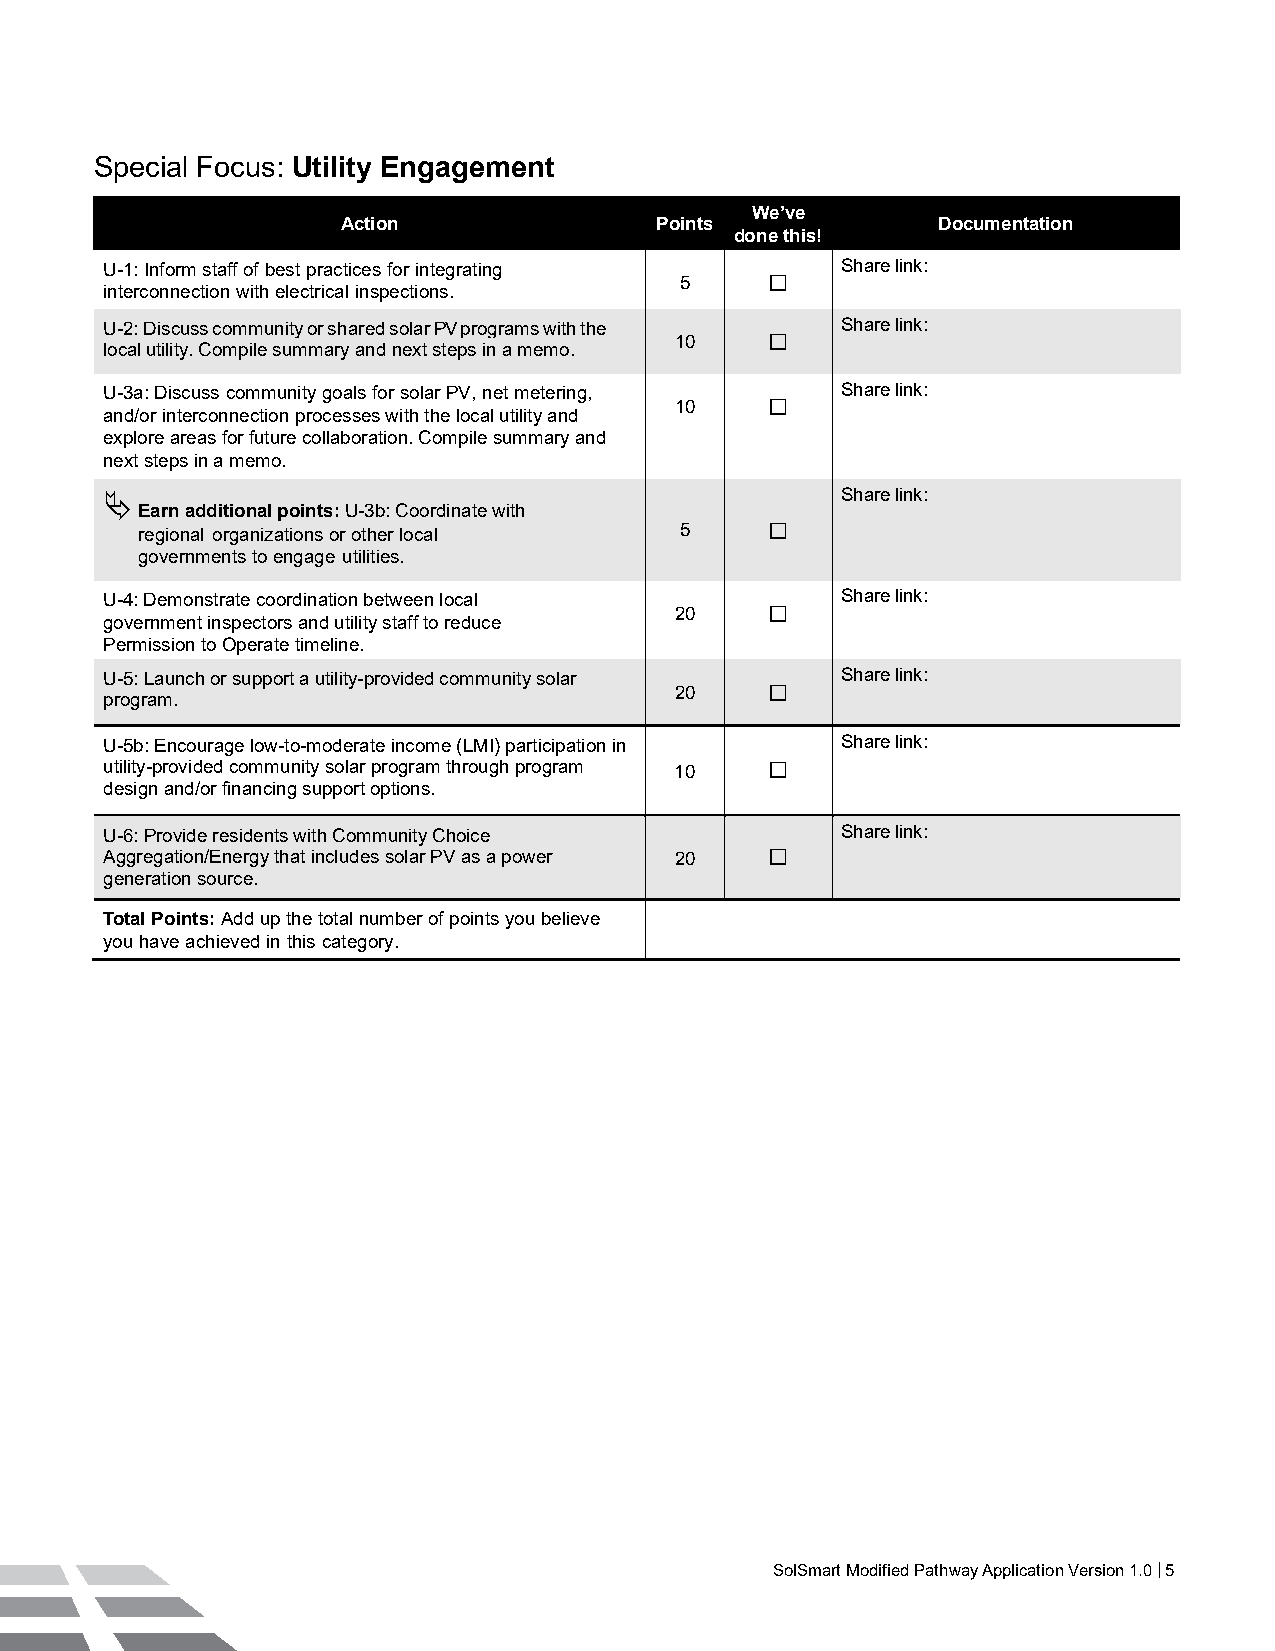
Special Focus: Utility Engagement
 We’ve
 Action              Points             Documentation
 done this!
 U-1: Inform staff of best practices for integrating Share link:
 5     
 interconnection with electrical inspections.
 U-2: Discuss community or shared solar PV programs with the Share link:
 10    
 local utility. Compile summary and next steps in a memo.
 U-3a: Discuss community goals for solar PV, net metering, Share link:
 10    
 and/or interconnection processes with the local utility and
 explore areas for future collaboration. Compile summary and
 next steps in a memo.
                                                Share link:
 Earn additional points: U-3b: Coordinate with
 regional organizations or other local 5   
 governments to engage utilities.
 U-4: Demonstrate coordination between local      Share link:
 20    
 government inspectors and utility staff to reduce
 Permission to Operate timeline.
 U-5: Launch or support a utility-provided community solar Share link:
 20    
 program.
 U-5b: Encourage low-to-moderate income (LMI) participation in Share link:
 utility-provided community solar program through program 10 
 design and/or financing support options.
 U-6: Provide residents with Community Choice     Share link:
 Aggregation/Energy that includes solar PV as a power 20 
 generation source.
 Total Points: Add up the total number of points you believe
 you have achieved in this category.
 SolSmart Modified Pathway Application Version 1.0 | 5